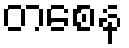
တစေန